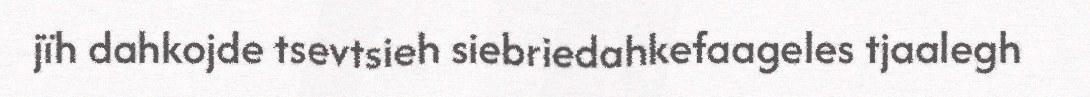
jïh dahkojde tsevtsieh siebriedahkefaageles tjaalegh